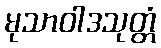
မုသာဝါဒသုတ္တံ